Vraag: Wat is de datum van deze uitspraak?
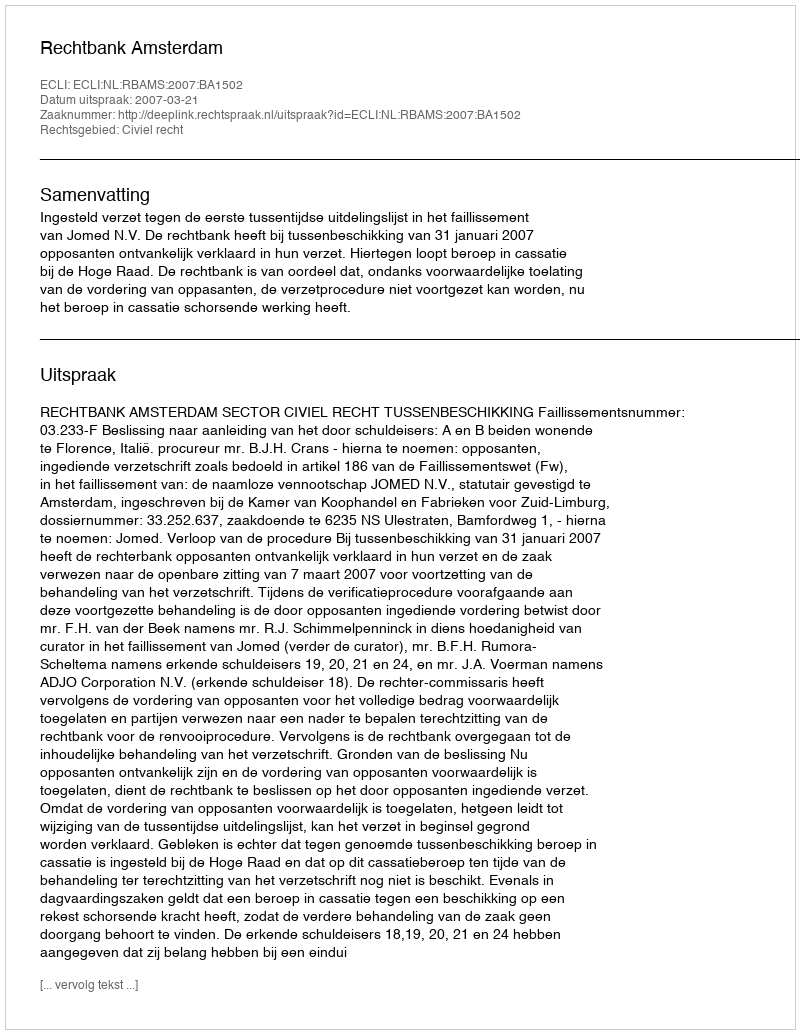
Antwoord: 2007-03-21